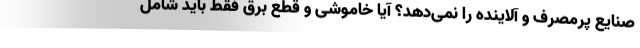
صنایع پرمصرف و آلاینده را نمی‌دهد؟ آیا خاموشی و قطع برق فقط باید شامل